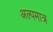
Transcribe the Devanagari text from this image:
अल्पमात्र